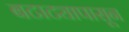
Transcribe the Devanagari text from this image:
बटाट्यापासून